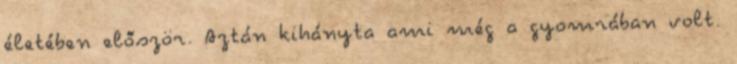
életében először. Aztán kihányta ami még a gyomrában volt.